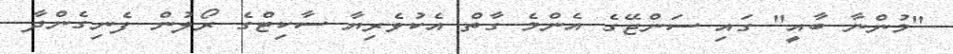
"މުންނާ ބާއީ" ގައި ސަންޖޭގެ އެންމެ ގާތް އެކުވެރިޔާ ސާކިޓްގެ ރޯލުން ފެނިގެންދާ